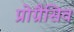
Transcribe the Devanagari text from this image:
प्रोग्रैसिव